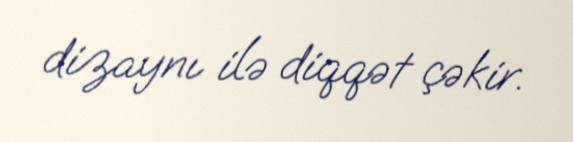
dizaynı ilə diqqət çəkir.